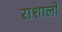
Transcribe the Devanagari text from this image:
राशालो